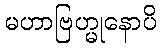
မဟာဗြဟ္မုနောပိ